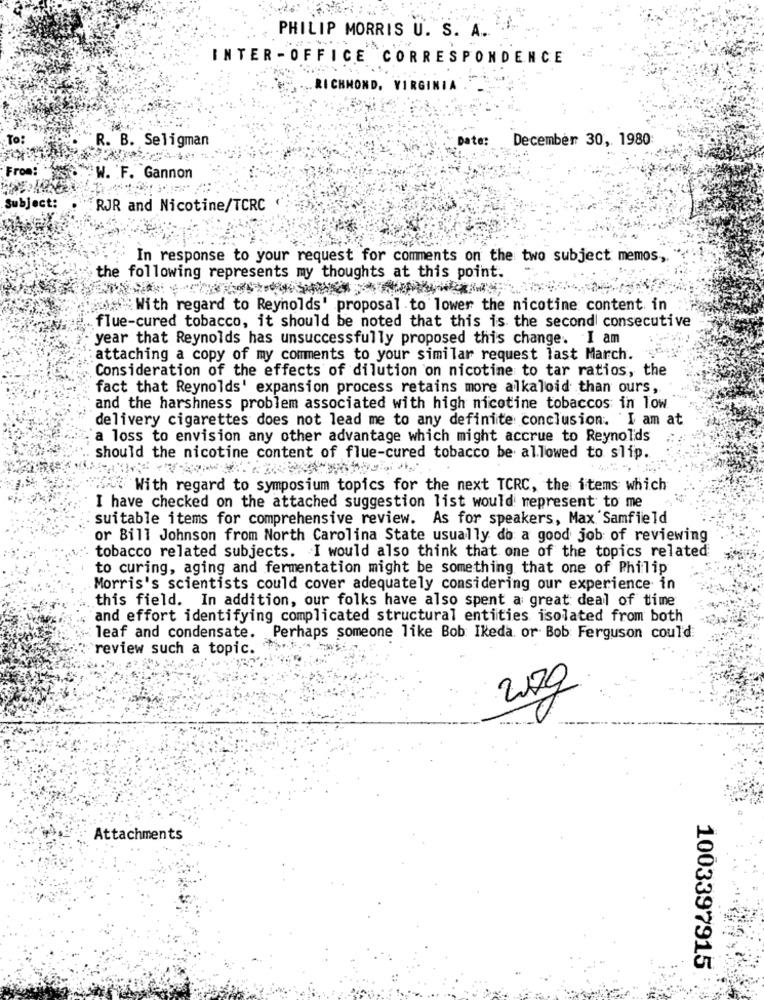
PHILIP MORRIS U. S. A.
...
INTER -OFFICE CORRESPONDENCE
RICHMOND, VIRGINIA
To:
R. B. Seligman
Date:
December 30, 1980
From:
W. F. Gannon
Subject:
RJR and Nicotine/TCRC
In response to your request for comments on the two subject memos ,.
the following represents my thoughts at this point.
wis With regard to Reynolds' proposal to lower the nicotine content in
flue-cured tobacco, it should be noted that this is the second consecutive
year that Reynolds has unsuccessfully proposed this change. I am
attaching a copy of my comments to your similar request last March.
Consideration of the effects of dilution on nicotine to tar ratios, the
fact that Reynolds' expansion process retains more alkaloid than ours,
and the harshness problem associated with high nicotine tobaccos in low
delivery cigarettes does not lead me to any definite conclusion. I am at
a loss to envision any other advantage which might accrue to Reynolds
should the nicotine content of flue-cured tobacco be allowed to slip.
50. With regard to symposium topics for the next TCRC, the items which
I have checked on the attached suggestion list would represent to me
suitable items for comprehensive review. As for speakers, Max Samfield
or Bill Johnson from North Carolina State usually do a good job of reviewing
tobacco related subjects. I would also think that one of the topics related
to curing, aging and fermentation might be something that one of Philip
Morris's scientists could cover adequately considering our experience in
this field. In addition, our folks have also spent a great deal of time
and effort identifying complicated structural entities isolated from both
leaf and condensate. Perhaps someone like Bob Ikeda. or Bob Ferguson could:
review such a topic.
Attachments
1003397915